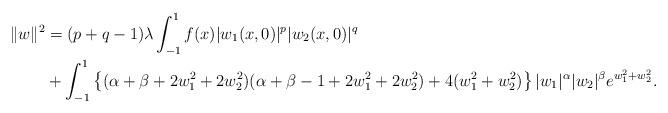
LaTeX: \begin{align*}\|w\|^2 &=(p+q-1)\lambda\int_{-1}^1f(x)|w_1(x, 0)|^p|w_2(x,0)|^q \\&+\int_{-1}^1 \left\{(\alpha+\beta+2w_1^2+2w_2^2)(\alpha+\beta-1+2w_1^2+2w_2^2)+4(w_1^2+w_2^2)\right\}|w_1|^\alpha|w_2|^\beta e^{w_1^2+w_2^2} .\end{align*}